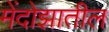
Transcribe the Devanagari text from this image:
मेंदोझातील